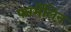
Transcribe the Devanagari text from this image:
फार्मेलिन